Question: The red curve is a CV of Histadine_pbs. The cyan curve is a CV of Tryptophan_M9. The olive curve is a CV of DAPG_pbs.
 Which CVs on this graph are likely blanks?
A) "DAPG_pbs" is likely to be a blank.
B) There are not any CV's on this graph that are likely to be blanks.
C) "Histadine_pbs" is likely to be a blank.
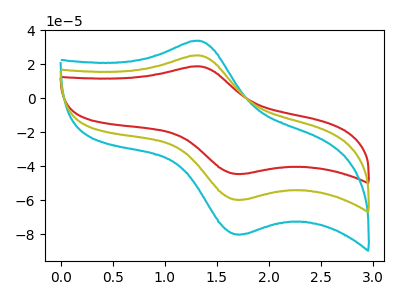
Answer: <think>The red curve "Histadine_pbs" has an anodic peak at (1.35V, 18.80uA) and a cathodic peak at (1.75V, -44.55uA). The cyan curve "Tryptophan_M9" has an anodic peak at (1.35V, 50.45uA) and a cathodic peak at (1.75V, -119.45uA). The olive curve "DAPG_pbs" has an anodic peak at (1.35V, 25.20uA) and a cathodic peak at (1.75V, -59.75uA).</think>
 <answer>B) There are not any CV's on this graph that are likely to be blanks.</answer>
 <eval>B</eval>